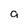
Character: 9